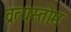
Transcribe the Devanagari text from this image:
व्रत्यस्तोम